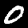
Digit: 0